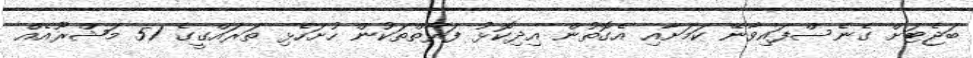
ބަޖެޓަށް ގެނެސްފައިވާނޭ ކަމަށާއި އެގޮތުން އިދިކޮޅު ފަރާތްތަކުން ހުށަހެޅި ތަރައްގީގެ 51 މަޝްރޫއެއް